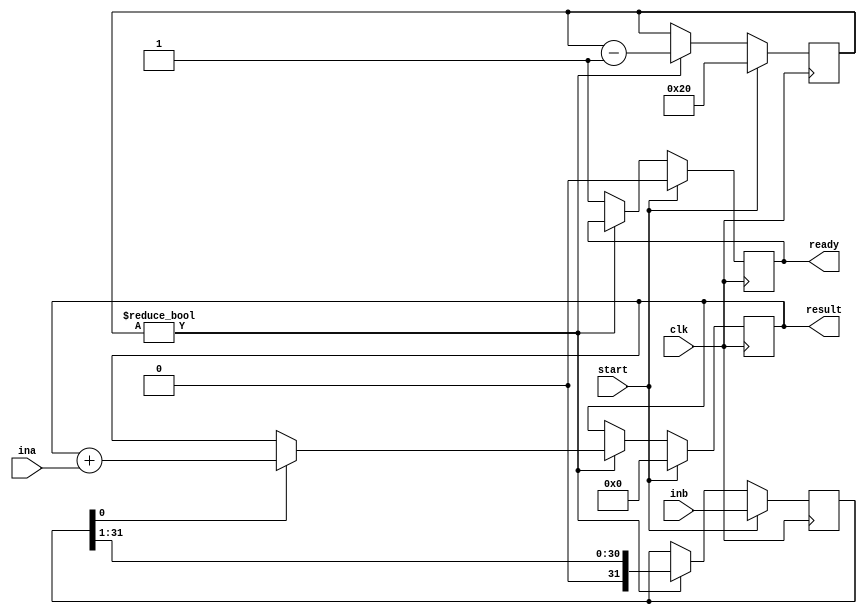

module multiplier(
    input wire clk,
    input wire start,
    input wire [31:0] ina,
    input wire [31:0] inb,
    output reg [63:0] result,
    output reg ready
);

    reg [5:0] count;
    reg [31:0] temp;

    always @(posedge clk) begin
        if (start) begin
            count  <= 32;
            result <= 0;
            temp   <= inb;
            ready  <= 0;
        end else if (count != 0) begin
            if (temp[0] == 1) begin
                result <= result + ina;
            end else begin
                result <= result;
            end
            temp <= {1'b0, temp[31:1]};
            count <= count - 1;
        end else begin
            ready <= 1;
        end
    end

endmodule